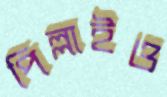
পিল্লাইও